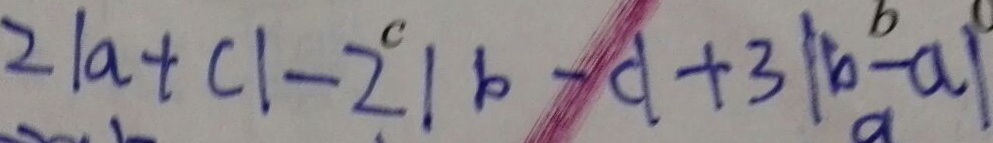
2 \vert a + c \vert - 2 \vert b - c \vert + 3 \vert b - a \vert